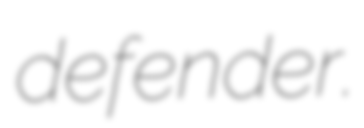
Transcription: defender.